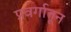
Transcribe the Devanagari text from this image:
प्रवर्गातून